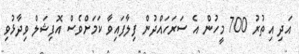
އަދި އިތުރު 700 މީހުން އެ ސަރަހައްދުން ފިލާފައިވާ ކަމަށްވެސް އޮފިޝަލް ވިދާޅުވި